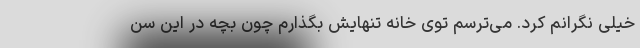
خیلی نگرانم کرد. می‌ترسم توی خانه تنهایش بگذارم چون بچه در این سن